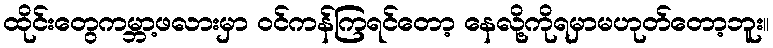
ထိုင်းတွေကမ္ဘာ့ဖလားမှာ ဝင်ကန်ကြရင်တော့ နေလို့ကိုရမှာမဟုတ်တော့ဘူး။